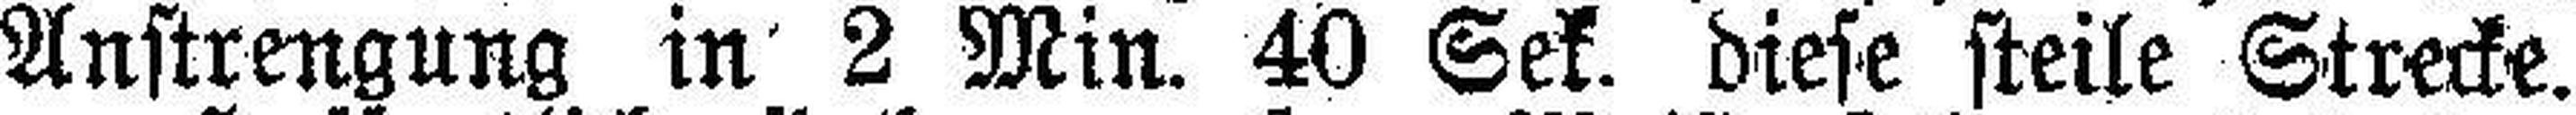
Anstrengung in 2 Min. 40 Sek. diese steile Strecke.